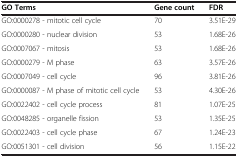
| GO Terms | Gene count | FDR |
 | --- | --- | --- |
 | GO:0000278 - mitotic cell cycle | 70 | 3.51E-29 |
 | GO:0000280 - nuclear division | 53 | 1.68E-26 |
 | GO:0007067 - mitosis | 53 | 1.68E-26 |
 | GO:0000279 - M phase | 63 | 3.57E-26 |
 | GO:0007049 - cell cycle | 96 | 3.81E-26 |
 | GO:0000087 - M phase of mitotic cell cycle | 53 | 4.30E-26 |
 | GO:0022402 - cell cycle process | 81 | 1.07E-25 |
 | GO:0048285 - organelle fission | 53 | 1.35E-25 |
 | GO:0022403 - cell cycle phase | 67 | 1.24E-23 |
 | GO:0051301 - cell division | 56 | 1.15E-22 |